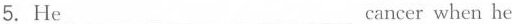
5.He___cancer when he